Indian journal of veterinary science and animal husbandry - Volumes 15-17, 1948-1951
Year: 1948
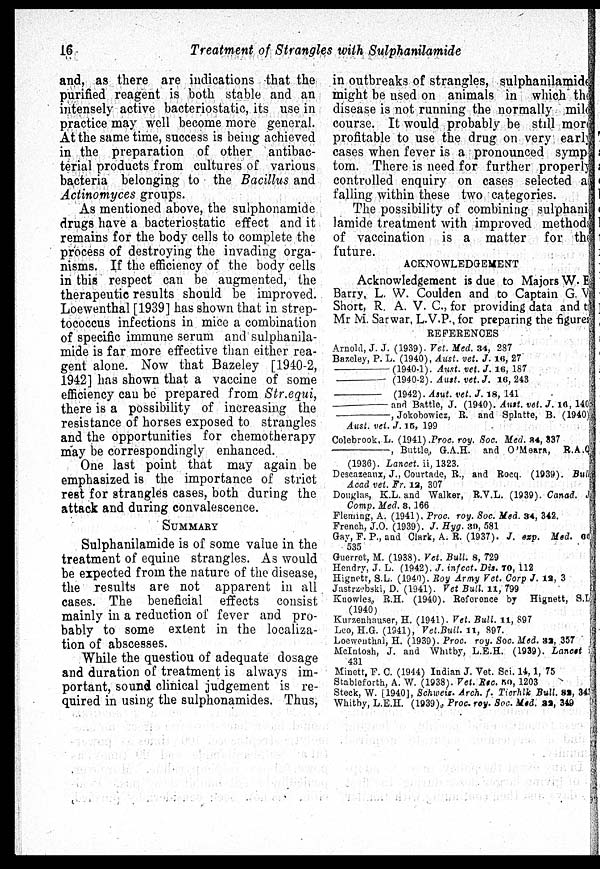
16
Treatment of Strangles with Sulphanilamide
and, as there are indications that the
purified reagent is both stable and an
intensely active bacteriostatic, its use in
practice may well become more general.
At the same time, success is being achieved
in the preparation of other antibac-
terial products from cultures of various
bacteria belonging to the Bacillus and
Actinomyces groups.
As mentioned above, the sulphonamide
drugs have a bacteriostatic effect and it
remains for the body cells to complete the
process of destroying the invading orga-
nisms. If the efficiency of the body cells
in this respect can be augmented, the
therapeutic results should be improved.
Loewenthal [1939] has shown that in strep-
tococcus infections in mice a combination
of specific immune serum and sulphanila-
mide is far more effective than either rea-
gent alone. Now that Bazeley [1940-2,
1942] has shown that a vaccine of some
efficiency can be prepared from Str.equi,
there is a possibility of increasing the
resistance of horses exposed to strangles
and the opportunities for chemotherapy
may be correspondingly enhanced.
One last point that may again be
emphasized is the importance of strict
rest for strangles cases, both during the
attack and during convalescence.
SUMMARY
Sulphanilamide is of some value in the
treatment of equine strangles. As would
be expected from the nature of the disease,
the results are not apparent in all
cases. The beneficial effects
consist
mainly in a reduction of fever and pro-
bably to some extent in the localiza-
tion of abscesses.
While the question of adequate dosage
and duration of treatment is always im-
portant, sound clinical judgement is re-
quired in using the sulphonamides. Thus,
in outbreaks of strangles, sulphanilamide
might be used on animals in which the
disease is not running the normally mild
course. It would probably be still more
profitable to use the drug on very early
cases when fever is a pronounced symp-
tom. There is need for further properly
controlled enquiry on cases selected as
falling within these two categories.
The possibility of combining sulphani
lamide treatment with improved methods
of vaccination is a matter for the
future.
ACKNOWLEDGEMENT
Acknowledgement is due to Majors W. E
Barry, L. W. Coulden and to Captain G. V
Short, R. A. V. C., for providing data and to
Mr M. Sarwar, L.V.P., for preparing the figures
REFERENCES
Arnold, J. J. (1939). Vet. Med. 34, 287
Bazeley, P. L. (1940), Aust. vet. J. 16, 27
——
(1940-1). Aust. vet. J. 16, 187
———— (1940-2). Aust. vet. J. 16, 243
————
(1942). Asut. vet. J. 18, 141
————
and Battle, J. (1940). Aust. vet. J. 16, 140
————,
Jokobowicz, R. and Splatte, B. (1940)
Aust. vet. J. 15, 199
Colebrook, L. (1941) .Proc. roy. Soc. Med. 84, 337
————,
Buttle, G.A.H. and O'Meara, R.A.Q
(1936). Lancet. ii, 1323.
Descazeaux, J., Courtade, R., and Rocq. (1939). Bull
Acad vet. Fr. 12, 307
Douglas, K.L. and Walker, R.V.L. (1939). Canad. J
Comp. Med. 3, 166
Fleming, A. (1941). Proc. roy. Soc. Med. 34, 342.
French, J.O. (1939). J. Hyg. 39, 581
Gay, F. P., and Clark, A. R. (1937). J. exp. Med. 66
535
Guerret, M. (1938). Vet. Bull. 8, 729
Hendry, J. L. (1942). J. infect. Dis. 70, 112
Hignett, S.L. (1940). Roy Army Vet. Corp J. 12, 3
Jastrzebski, D. (1941). Vet Bull. 11, 799
Knowles, R.H. (1940). Reference by Hignett, S.L
(1940)
Kurzenhauser, H. (1941). Vet. Bull. 11, 897
Leo, H.G. (1941), Vet.Bull. 11, 897.
Loewenthal, H. (1939). Proc. roy. Soc. Med. 32, 357
McIntosh, J. and Whitby, L.E.H. (1939). Lancet i
431
Minett, F. C. (1944) Indian J. Vet. Sci. 14, 1, 75
Stableforth, A. W. (1938). Vet. Rec. 50, 1203
Steck, W. [1940], Schweiz. Arch. f. Tiorhlk Bull. 83, 343
Whitby, L.E.H. (1939), Proc. roy. Soc. Med. 32, 349